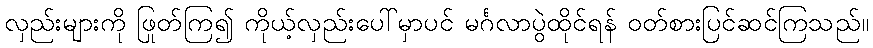
လှည်းများကို ဖြုတ်ကြ၍ ကိုယ့်လှည်းပေါ်မှာပင် မင်္ဂလာပွဲထိုင်ရန် ဝတ်စားပြင်ဆင်ကြသည်။